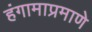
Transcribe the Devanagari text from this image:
हंगामाप्रमाणे